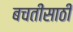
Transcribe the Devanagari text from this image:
बचतीसाठी